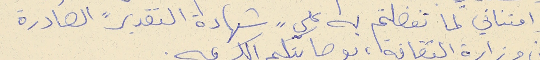
وامتناني لم تفضلتم به علي "شهادة التقدير" الصادرة